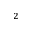
^ 2